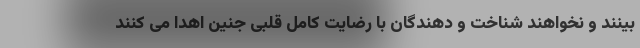
بینند و نخواهند شناخت و دهندگان با رضایت کامل قلبی جنین اهدا می کنند